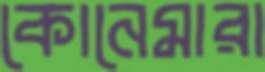
কোনেমারা